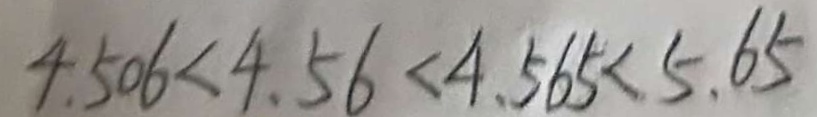
4 . 5 0 6 < 4 . 5 6 < 4 . 5 6 5 < 5 . 6 5